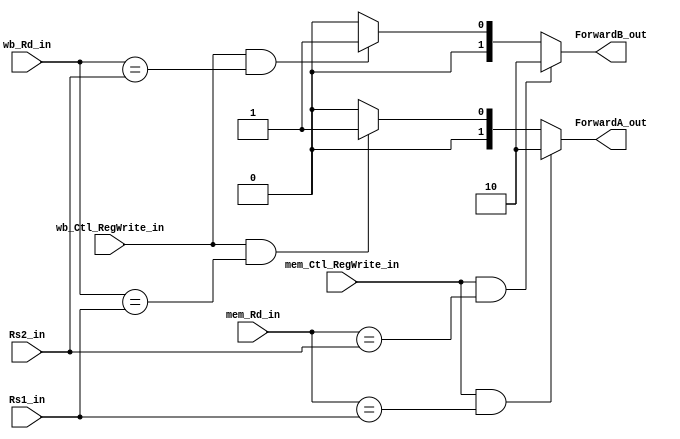
`timescale 1ns / 1ps
module Forwarding_unit(
	input mem_Ctl_RegWrite_in, wb_Ctl_RegWrite_in,
	input [4:0] Rs1_in, Rs2_in, mem_Rd_in, wb_Rd_in,
	output [1:0] ForwardA_out, ForwardB_out
    );
	 
	assign ForwardA_out 	= (mem_Ctl_RegWrite_in && (mem_Rd_in == Rs1_in)) ? 2'b10 : 
								  (wb_Ctl_RegWrite_in && (wb_Rd_in == Rs1_in)) ? 2'b01 : 2'b00;
	
	assign ForwardB_out 	= (mem_Ctl_RegWrite_in && (mem_Rd_in == Rs2_in)) ? 2'b10 : 
								  (wb_Ctl_RegWrite_in && (wb_Rd_in == Rs2_in)) ? 2'b01 : 2'b00;


endmodule